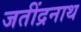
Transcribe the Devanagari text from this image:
जतींद्रनाथ